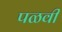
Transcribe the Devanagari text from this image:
पळवी